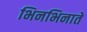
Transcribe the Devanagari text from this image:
भिनभिनाते